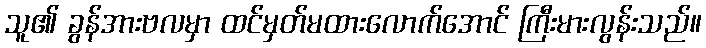
သူ၏ ခွန်အားဗလမှာ ထင်မှတ်မထားလောက်အောင် ကြီးမားလွန်းသည်။